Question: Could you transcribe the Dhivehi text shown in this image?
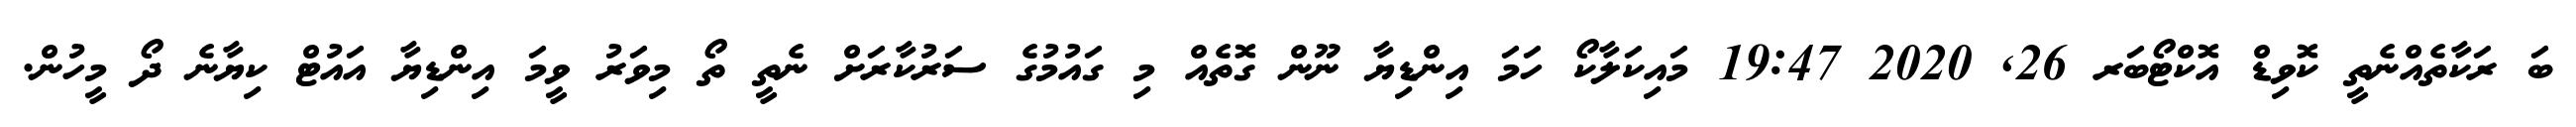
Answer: ބަ ރަކާތެއްނެތީ ކޮވިޑް އޮކްޓޯބަރ 26, 2020 19:47 މައިކަލާކޯ ހަމަ އިންޑިޔާ ނޫން ގޮތެއް މި ގައުމުގެ ސަރުކާރަށް ނެތީ ތޯ މިވަރު ވީމަ އިންޑިޔާ އައުޓް ކިޔާނެ ދޯ މީހުން.